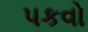
પકવો